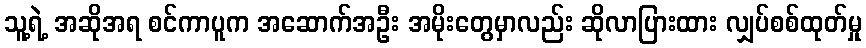
သူ့ရဲ့ အဆိုအရ စင်ကာပူက အဆောက်အဦး အမိုးတွေမှာလည်း ဆိုလာပြားထား လျှပ်စစ်ထုတ်မှု